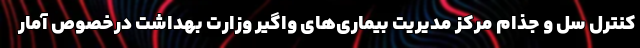
کنترل سل و جذام مرکز مدیریت بیماری‌های واگیر وزارت بهداشت درخصوص آمار